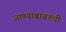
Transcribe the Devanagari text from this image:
जाण्याबाबतची